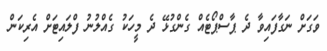
ވަގަށް ނަގާފައިވާ ދެ ޕާސްޕޯޓެއް ގެންގުޅޭ ދެ މީހަކު ގެއްލުނު ފްލައިޓަށް އެރިކަން